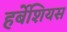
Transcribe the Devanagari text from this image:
हर्बेशियस